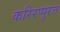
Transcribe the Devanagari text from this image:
करिरप्पुरत्त